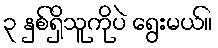
၃ နှစ်ရှိသူကိုပဲ ရွေးမယ်။